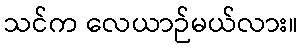
သင်က လေယာဉ်မယ်လား။